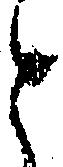
と